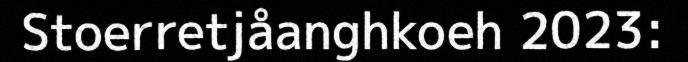
Stoerretjåanghkoeh 2023: